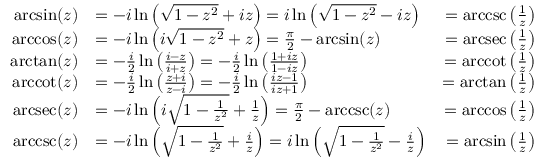
{ \begin{array} { r l r } { \arcsin ( z ) } & { = - i \ln \left( { \sqrt { 1 - z ^ { 2 } } } + i z \right) = i \ln \left( { \sqrt { 1 - z ^ { 2 } } } - i z \right) } & { = \operatorname { a r c c s c } \left( { \frac { 1 } { z } } \right) } \\ { \operatorname { a r c c o s } ( z ) } & { = - i \ln \left( i { \sqrt { 1 - z ^ { 2 } } } + z \right) = { \frac { \pi } { 2 } } - \arcsin ( z ) } & { = \operatorname { a r c s e c } \left( { \frac { 1 } { z } } \right) } \\ { \arctan ( z ) } & { = - { \frac { i } { 2 } } \ln \left( { \frac { i - z } { i + z } } \right) = - { \frac { i } { 2 } } \ln \left( { \frac { 1 + i z } { 1 - i z } } \right) } & { = \operatorname { a r c c o t } \left( { \frac { 1 } { z } } \right) } \\ { \operatorname { a r c c o t } ( z ) } & { = - { \frac { i } { 2 } } \ln \left( { \frac { z + i } { z - i } } \right) = - { \frac { i } { 2 } } \ln \left( { \frac { i z - 1 } { i z + 1 } } \right) } & { = \arctan \left( { \frac { 1 } { z } } \right) } \\ { \operatorname { a r c s e c } ( z ) } & { = - i \ln \left( i { \sqrt { 1 - { \frac { 1 } { z ^ { 2 } } } } } + { \frac { 1 } { z } } \right) = { \frac { \pi } { 2 } } - \operatorname { a r c c s c } ( z ) } & { = \operatorname { a r c c o s } \left( { \frac { 1 } { z } } \right) } \\ { \operatorname { a r c c s c } ( z ) } & { = - i \ln \left( { \sqrt { 1 - { \frac { 1 } { z ^ { 2 } } } } } + { \frac { i } { z } } \right) = i \ln \left( { \sqrt { 1 - { \frac { 1 } { z ^ { 2 } } } } } - { \frac { i } { z } } \right) } & { = \arcsin \left( { \frac { 1 } { z } } \right) } \end{array} }